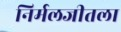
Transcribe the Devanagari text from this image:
निर्मलजीतला